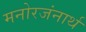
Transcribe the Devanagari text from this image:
मनोरजंनार्थ